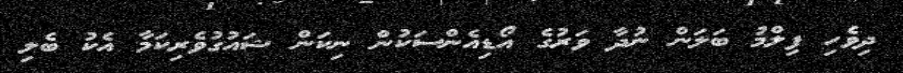
ދިވެހި ފިލްމު ބަލަން ނުދާ ވަރުގެ އޯޑިއެންސަކުން ނިކަން ޝައުގުވެރިކަމާ އެކު ބެލި